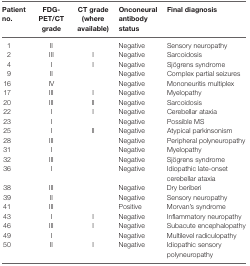
<table><thead><tr><td><b>Patient no.</b></td><td><b>FDG-PET/CT grade</b></td><td><b>CT grade (where available)</b></td><td><b>Onconeural antibody status</b></td><td><b>Final diagnosis</b></td></tr></thead><tbody><tr><td>1</td><td>II</td><td></td><td>Negative</td><td>Sensory neuropathy</td></tr><tr><td>2</td><td>III</td><td>I</td><td>Negative</td><td>Sarcoidosis</td></tr><tr><td>4</td><td>I</td><td>I</td><td>Negative</td><td>Sjögrens syndrome</td></tr><tr><td>9</td><td>II</td><td></td><td>Negative</td><td>Complex partial seizures</td></tr><tr><td>16</td><td>IV</td><td></td><td>Negative</td><td>Mononeuritis multiplex</td></tr><tr><td>17</td><td>III</td><td>I</td><td>Negative</td><td>Myelopathy</td></tr><tr><td>20</td><td>III</td><td>II</td><td>Negative</td><td>Sarcoidosis</td></tr><tr><td>22</td><td>I</td><td>I</td><td>Negative</td><td>Cerebellar ataxia</td></tr><tr><td>23</td><td>I</td><td></td><td>Negative</td><td>Possible MS</td></tr><tr><td>25</td><td>I</td><td>II</td><td>Negative</td><td>Atypical parkinsonism</td></tr><tr><td>28</td><td>III</td><td></td><td>Negative</td><td>Peripheral polyneuropathy</td></tr><tr><td>31</td><td>I</td><td></td><td>Negative</td><td>Myelopathy</td></tr><tr><td>32</td><td>III</td><td></td><td>Negative</td><td>Sjögrens syndrome</td></tr><tr><td>36</td><td>I</td><td></td><td>Negative</td><td>Idiopathic late-onset cerebellar ataxia</td></tr><tr><td>38</td><td>III</td><td></td><td>Negative</td><td>Dry beriberi</td></tr><tr><td>39</td><td>II</td><td></td><td>Negative</td><td>Sensory neuropathy</td></tr><tr><td>41</td><td>III</td><td></td><td>Positive</td><td>Morvan’s syndrome</td></tr><tr><td>43</td><td>I</td><td>I</td><td>Negative</td><td>Inflammatory neuropathy</td></tr><tr><td>46</td><td>III</td><td>I</td><td>Negative</td><td>Subacute encephalopathy</td></tr><tr><td>49</td><td>I</td><td></td><td>Negative</td><td>Multilevel radiculopathy</td></tr><tr><td>50</td><td>II</td><td>I</td><td>Negative</td><td>Idiopathic sensory polyneuropathy</td></tr></tbody></table>